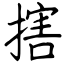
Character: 搳